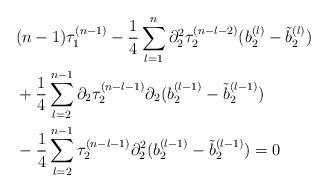
LaTeX: \begin{align*}& (n-1) \tau_{1}^{(n-1)}-\frac{1}{4} \sum_{l=1}^{n} \partial_{2}^{2} \tau_{2}^{(n-l-2)} (b_{2}^{(l)} -\tilde{b}_{2}^{(l)} )\\ &+\frac{1}{4} \sum_{l=2}^{n-1} \partial_{2} \tau_{2}^{(n-l-1)} \partial_{2} (b_{2}^{(l-1)} -\tilde{b}_{2}^{(l-1)}) \\ &-\frac{1}{4}\sum_{l=2}^{n-1} \tau_{2}^{(n-l-1)} \partial_{2}^{2} (b_{2}^{(l-1)} -\tilde{b}_{2}^{(l-1)})=0\end{align*}